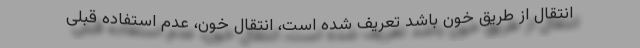
انتقال از طریق خون باشد تعریف شده است، انتقال خون، عدم استفاده قبلی